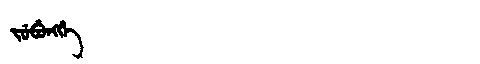
Manchu: ᠵᡠᠪᡠᠩᡤᡝ
Romanization: JUBUNGGE